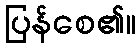
ပြန်စေ၏။